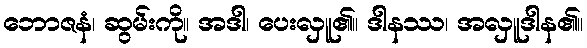
ဘောဇနံ၊ ဆွမ်းကို။ အဒါ၊ ပေးလှူ၏။ ဒါနဿ၊ အလှူဒါန၏။